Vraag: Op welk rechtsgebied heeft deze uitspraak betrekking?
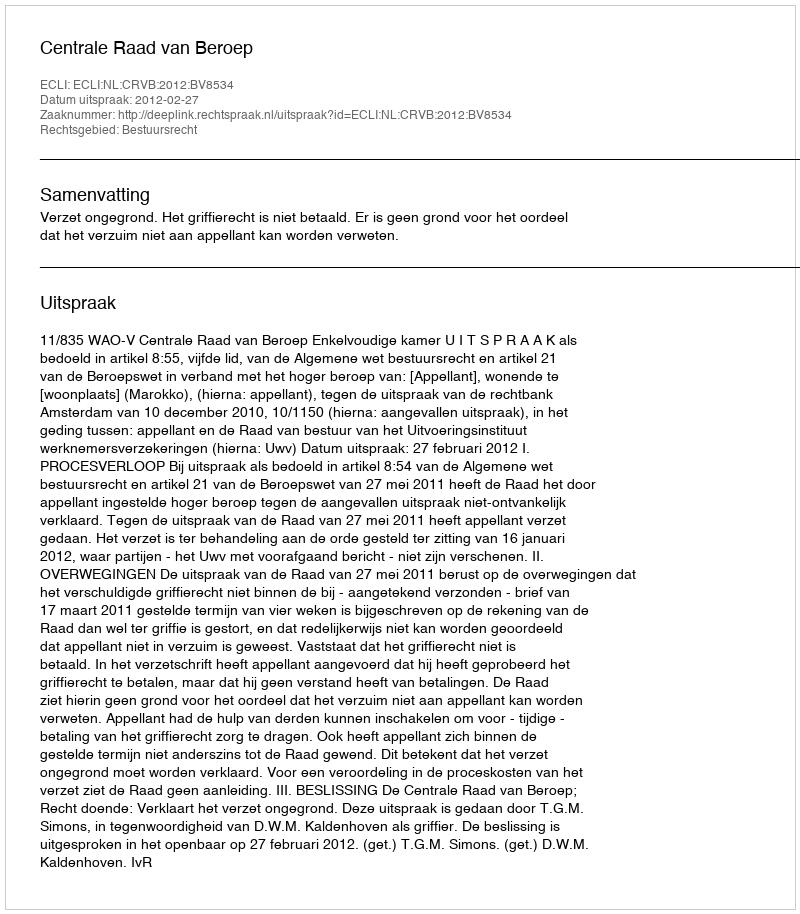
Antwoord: Bestuursrecht